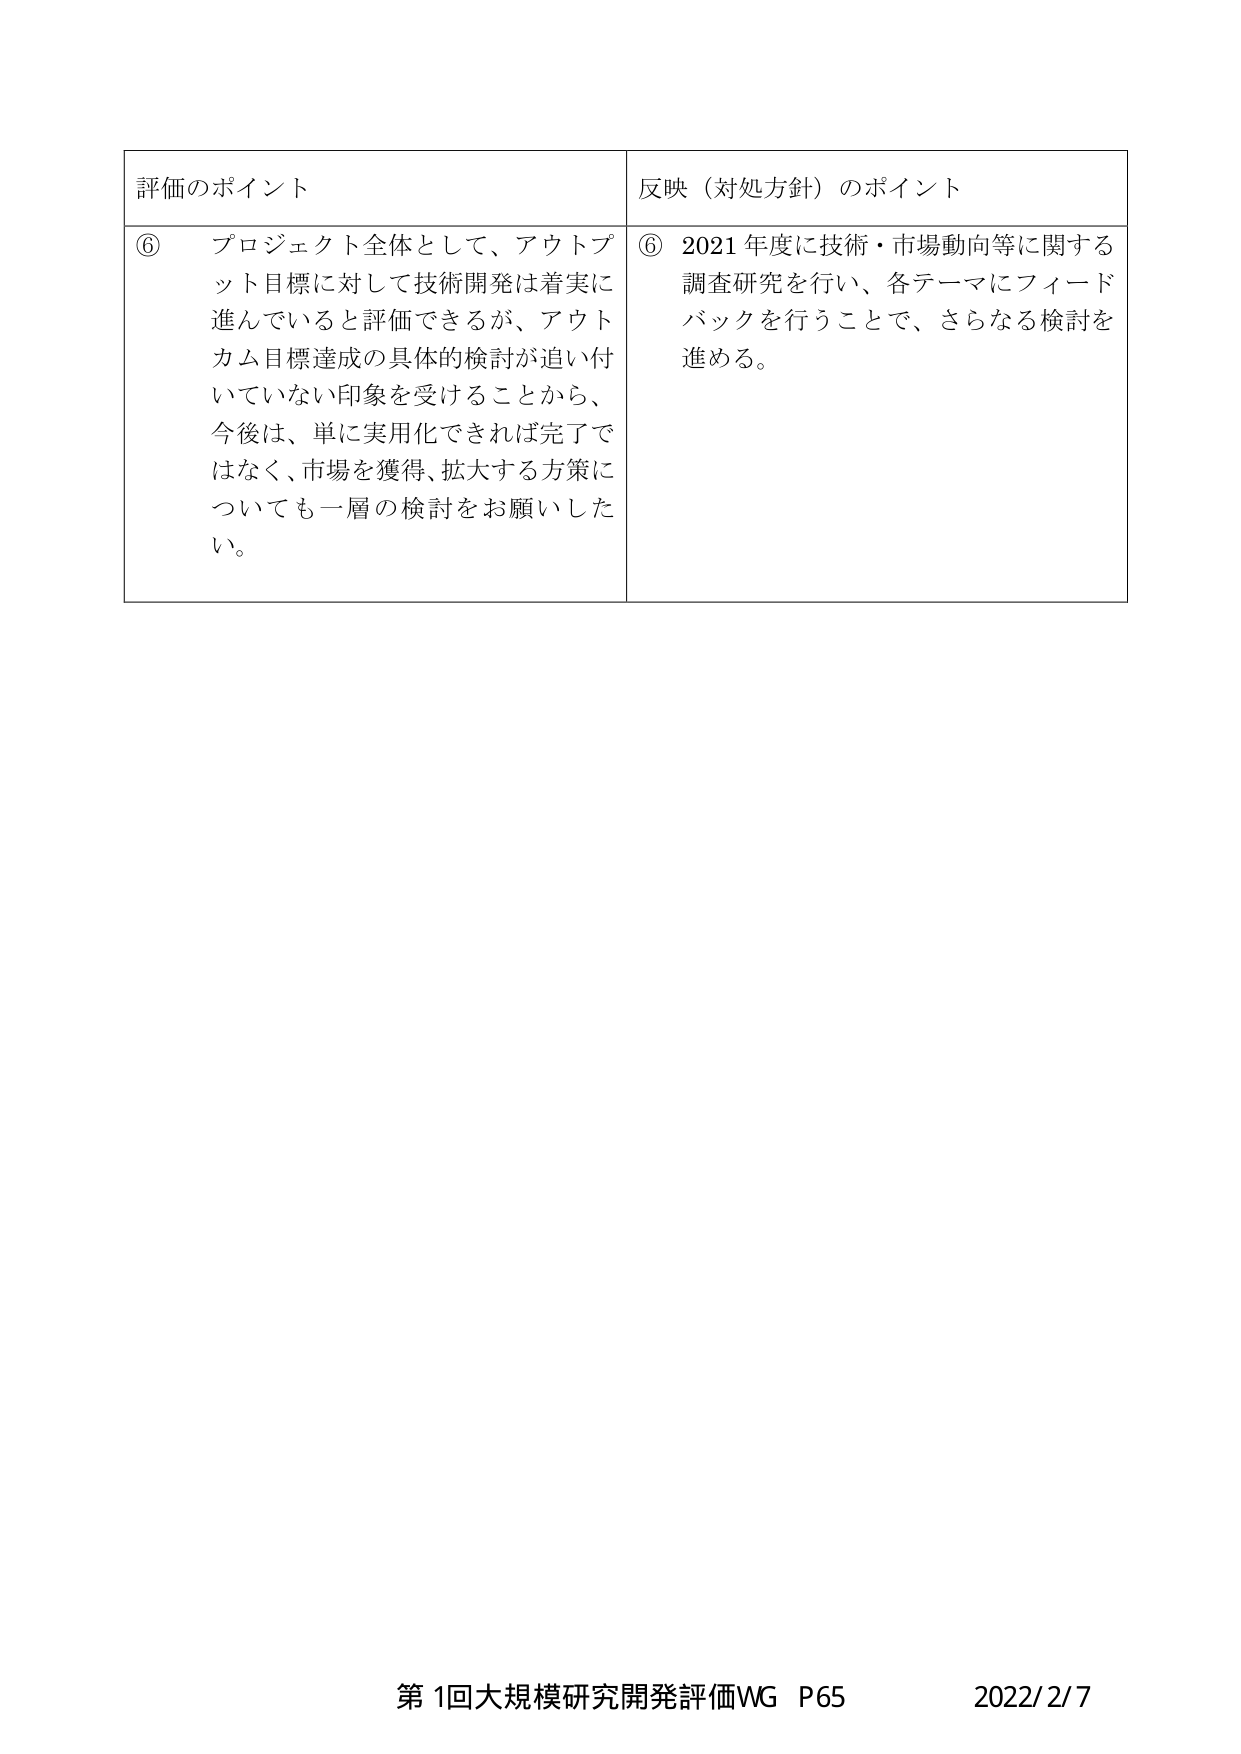
評価のポイント
⑥ プロジェクト全体として、アウトプット目標に対して技術開発は着実に進んでいると評価できるが、アウトカム目標達成の具体的検討が追い付いていない印象を受けることから、今後は、単に実用化できれば完了ではなく、市場を獲得、拡大する方策についても一層の検討をお願いしたい。

反映（対処方針）のポイント
⑥ 2021年度に技術・市場動向等に関する調査研究を行い、各テーマにフィードバックを行うことで、さらなる検討を進める。

第1回大規模研究開発評価WG P65 2022/2/7